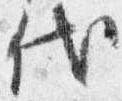
代